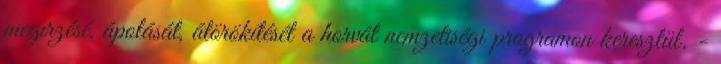
megırzésé, ápolását, átörökítését a horvát nemzetiségi programon keresztül. -